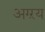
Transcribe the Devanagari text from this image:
अग्ऱय